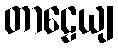
တာဠေယျ